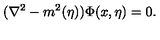
( { \nabla } ^ { 2 } - m ^ { 2 } ( \eta ) ) \Phi ( x , \eta ) = 0 .